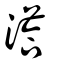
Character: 溚